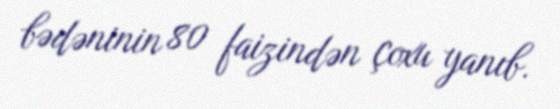
bədəninin 80 faizindən çoxu yanıb.